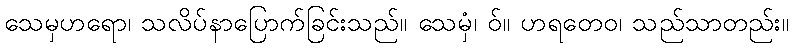
သေမှဟရော၊ သလိပ်နာပြောက်ခြင်းသည်။ သေမှံ၊ ဝ်။ ဟရတေဝ၊ သည်သာတည်း။